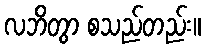
လဘိတွာ စသည်တည်း။